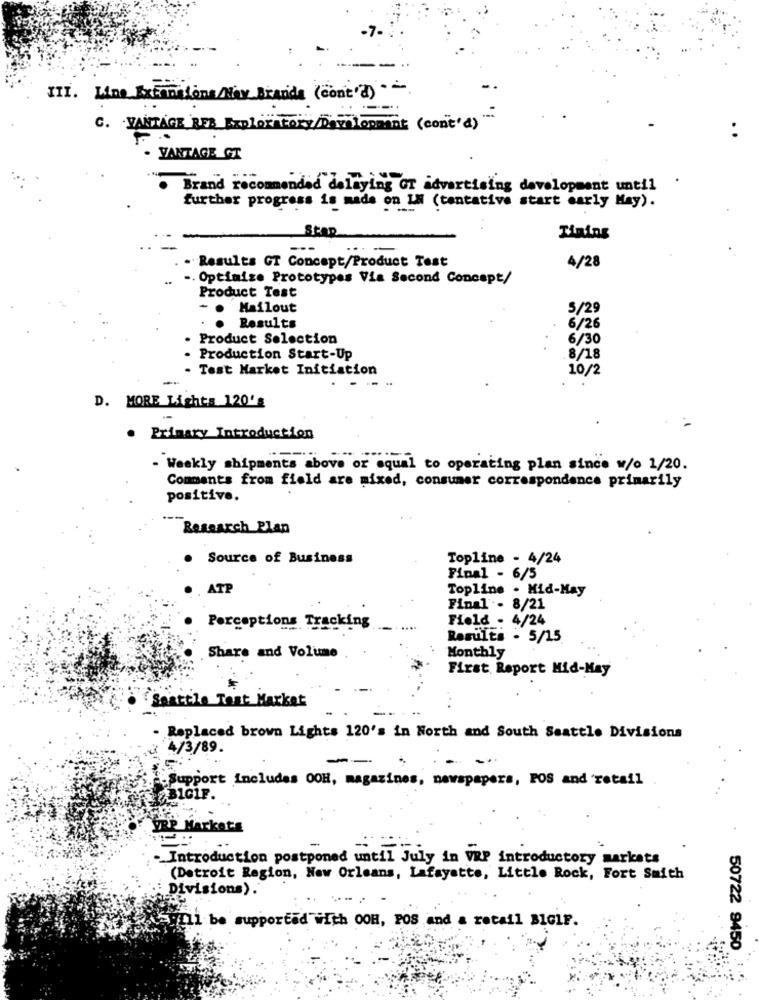
III. Line Extractions Mix Braida (cont'd).
C. VANTAGE REB Exploratory/Dev lopmant (cont'd)"
- VANTAGE GT
. Brand recommended delaying GT advertising development until
further progress is made on IN (tentative start early May).
Stap
Tiaing
---
4/28
Results GT Concept/Product Test
. Optimize Prototypes Via Second Concept/
Product Test
Mailout
5/29
6/26
Results
. Product Selection
6/30
Production Start-Up
8/18
- Test Market Initiation
10/2
D. MORE Lights 120's
. Primary Introduction
- Weekly shipments above or equal to operating plan since w/o 1/20.
Comments from field are mixed, consumer correspondence primarily
positive.
---
Research Plan
. Source of Business
Topline - 4/24
Final - 6/5
ATP
Topline . Mid-May
Final - 8/21
Field - 4/24
Perceptions Tracking
Results - 5/15
Share and Volume
Monthly
First Report Mid-May
Seattle Test Market
...
Replaced brown Lights 120's in North and South Seattle Divisions
4/3/89
--
...
.Support includes OOH, magazines, newspapers, POS and retail
BIG1F.
P MA
rkets
. Introduction postponed until July in VRP introductory markets
(Detroit Region, New Orleans, Lafayette, Little Rock, Fort Smith
Divisions).
... .
Will be supported with OOH, POS and a retail BIGIF.
50722 9450